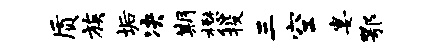
质族垢决期懋投三空宴鄂